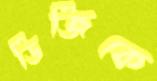
ডিজিকে